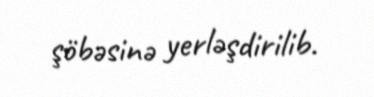
şöbəsinə yerləşdirilib.